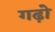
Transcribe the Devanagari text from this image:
गढ़ो